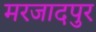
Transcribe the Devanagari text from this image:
मरजादपुर